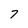
Character: 7